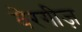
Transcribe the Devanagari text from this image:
वेरगीज़